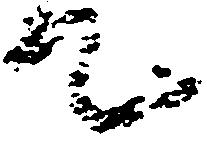
て